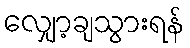
လျှော့ချသွားရန်